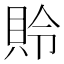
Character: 𰶾